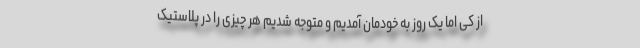
از کی اما یک روز به خودمان آمدیم و متوجه شدیم هر چیزی را در پلاستیک‌